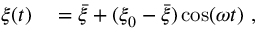
\begin{array} { r l } { \xi ( t ) } & { { } = \bar { \xi } + ( \xi _ { 0 } - \bar { \xi } ) \cos ( \omega t ) \ , } \end{array}